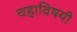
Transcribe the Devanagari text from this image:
चहाविषयी